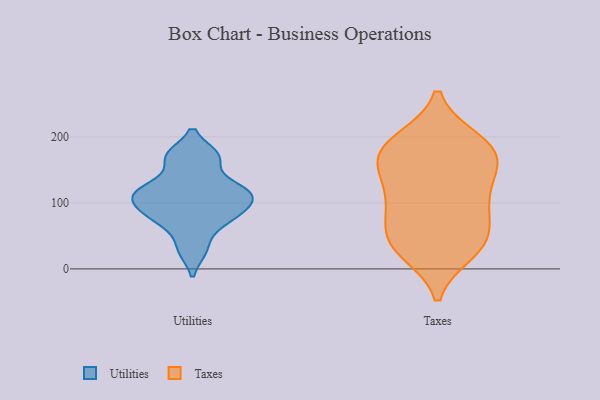
{"axis": {"x": "LTV (USD)", "y": "Value"}, "legend": ["Taxes", "Utilities"], "data": [{"x": "", "y": 171, "type": "Utilities"}, {"x": "", "y": 86, "type": "Utilities"}, {"x": "", "y": 127, "type": "Utilities"}, {"x": "", "y": 29, "type": "Utilities"}, {"x": "", "y": 109, "type": "Utilities"}, {"x": "", "y": 118, "type": "Utilities"}, {"x": "", "y": 170, "type": "Utilities"}, {"x": "", "y": 68, "type": "Utilities"}, {"x": "", "y": 87, "type": "Utilities"}, {"x": "", "y": 112, "type": "Utilities"}, {"x": "", "y": 195, "type": "Taxes"}, {"x": "", "y": 86, "type": "Taxes"}, {"x": "", "y": 155, "type": "Taxes"}, {"x": "", "y": 147, "type": "Taxes"}, {"x": "", "y": 26, "type": "Taxes"}, {"x": "", "y": 189, "type": "Taxes"}, {"x": "", "y": 43, "type": "Taxes"}, {"x": "", "y": 180, "type": "Taxes"}, {"x": "", "y": 91, "type": "Taxes"}, {"x": "", "y": 48, "type": "Taxes"}, {"x": "", "y": 33, "type": "Taxes"}, {"x": "", "y": 102, "type": "Taxes"}, {"x": "", "y": 107, "type": "Taxes"}, {"x": "", "y": 190, "type": "Taxes"}, {"x": "", "y": 38, "type": "Taxes"}, {"x": "", "y": 168, "type": "Taxes"}, {"x": "", "y": 149, "type": "Taxes"}]}